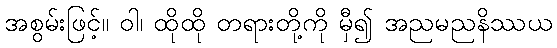
အစွမ်းဖြင့်။ ဝါ၊ ထိုထို တရားတို့ကို မှီ၍ အညမညနိဿယ